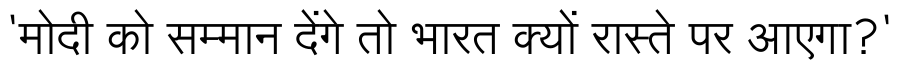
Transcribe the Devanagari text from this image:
'मोदी को सम्मान देंगे तो भारत क्यों रास्ते पर आएगा?'